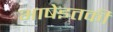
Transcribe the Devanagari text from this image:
भाषेइतकी